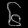
Digit: ၆